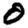
Digit: 0